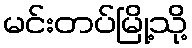
မင်းတပ်မြို့သို့